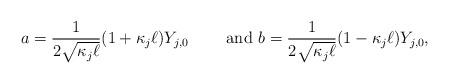
LaTeX: \begin{align*}a =\frac{1}{2\sqrt{\kappa_j \ell}}(1+\kappa_j \ell) Y_{j,0}\qquad\mbox{ and }b =\frac{1}{2\sqrt{\kappa_j \ell}}(1 - \kappa_j \ell) Y_{j,0},\end{align*}